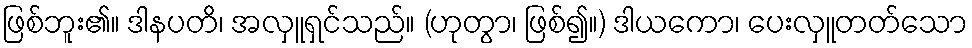
ဖြစ်ဘူး၏။ ဒါနပတိ၊ အလှူရှင်သည်။ (ဟုတွာ၊ ဖြစ်၍။) ဒါယကော၊ ပေးလှူတတ်သော